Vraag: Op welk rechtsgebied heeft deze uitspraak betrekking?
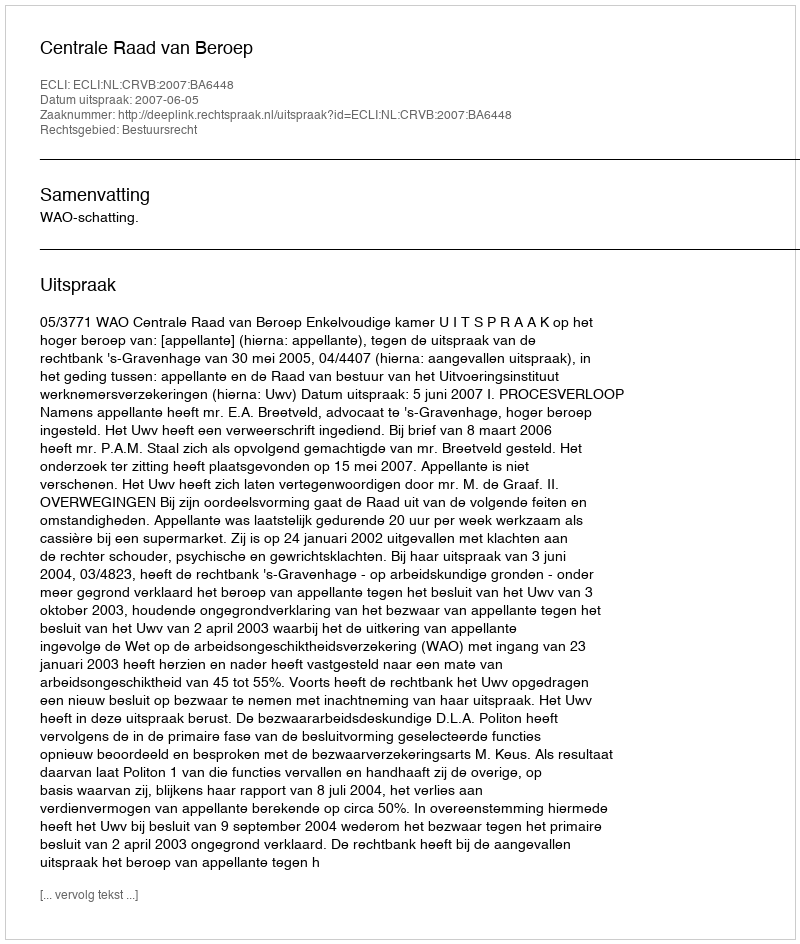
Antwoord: Bestuursrecht